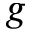
g